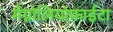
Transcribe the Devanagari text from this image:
मेग्नोलियोफाईटा